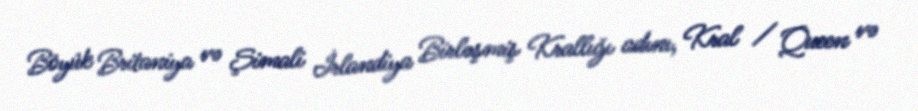
Böyük Britaniya və Şimali İrlandiya Birləşmiş Krallığı adını, Kral / Queen və